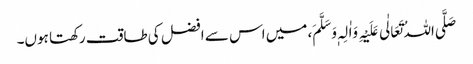
صَلَّی اللہُ تَعَالٰی عَلَیْہِ وَاٰلِہٖ وَسَلَّمَ، میں اس سے افضل کی طاقت رکھتا ہوں۔